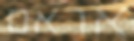
אראם